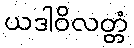
ယဒါဝိလတ္တံ